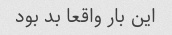
این بار واقعا بد بود